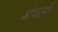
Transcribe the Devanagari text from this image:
अंचलोँ